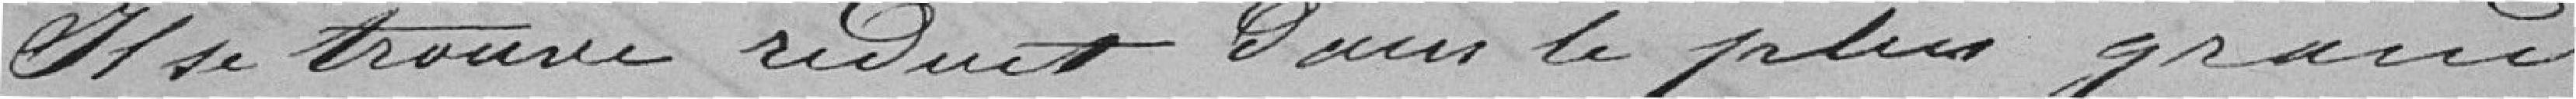
Il se trouve réduit dans le plus grand